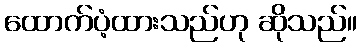
ထောက်ပံ့ထားသည်ဟု ဆိုသည်။